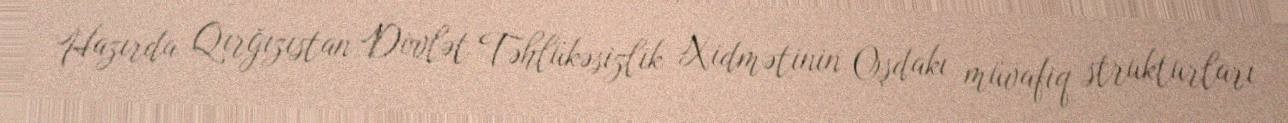
Hazırda Qırğızıstan Dövlət Təhlükəsizlik Xidmətinin Oşdakı müvafiq strukturları